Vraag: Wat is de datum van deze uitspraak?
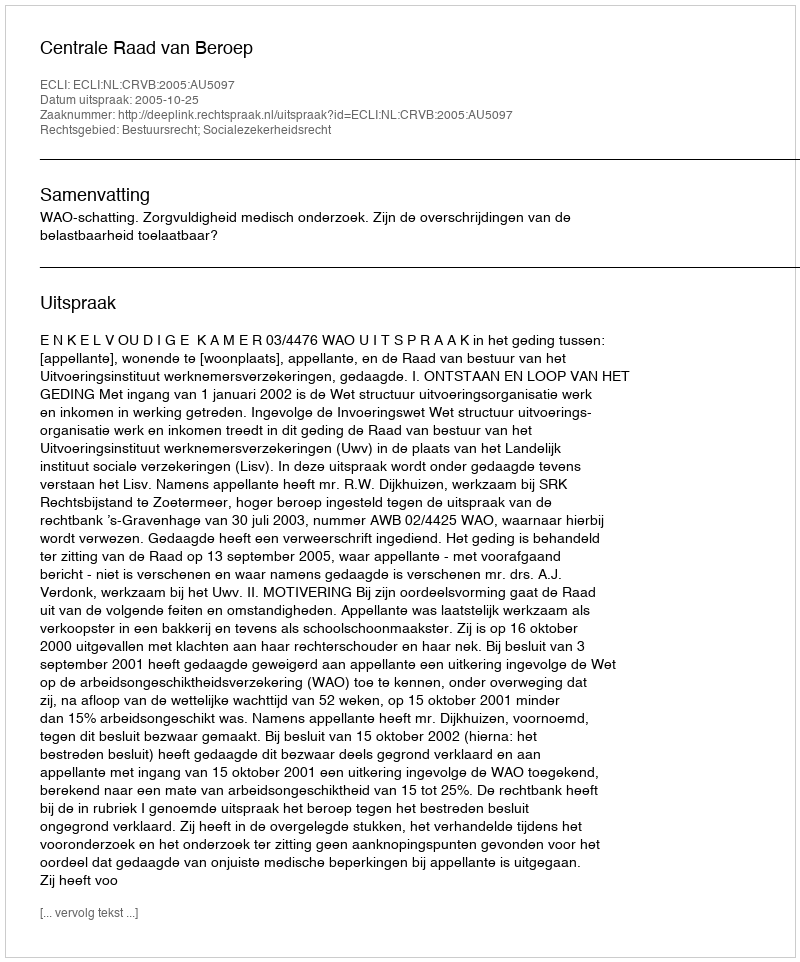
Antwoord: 2005-10-25